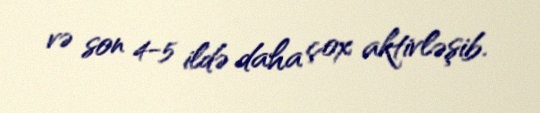
və son 4-5 ildə daha çox aktivləşib.